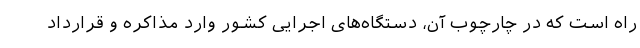
راه است که در چارچوب آن، دستگاه‌های اجرایی کشور وارد مذاکره و قرارداد